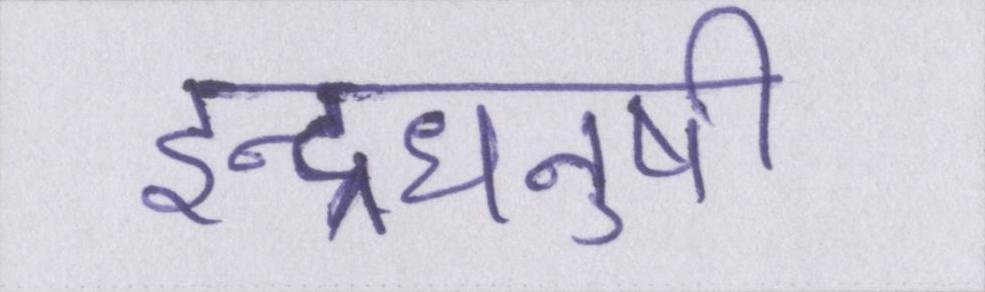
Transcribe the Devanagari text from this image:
इन्द्रधनुषी